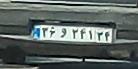
۳۶و۲۴۱۳۴